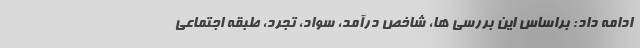
ادامه داد: براساس این بررسی ها، شاخص درآمد، سواد، تجرد، طبقه اجتماعی